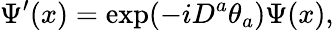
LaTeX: \Psi^{\prime}(x)=\exp(-iD^{a}\theta_{a})\Psi(x),